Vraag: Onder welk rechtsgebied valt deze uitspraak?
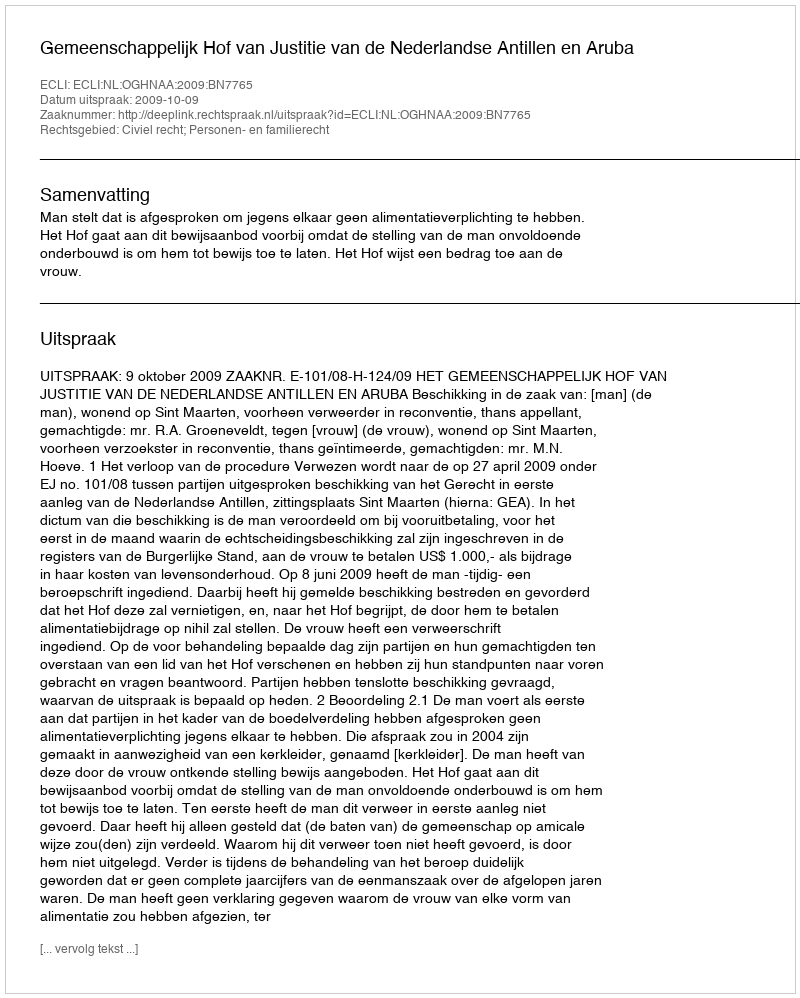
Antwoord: Civiel recht; Personen- en familierecht